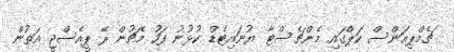
ޗެމްޕިއަންސް ކަޕްގައި މެންޗެސްޓާ ޔުނައިޓެޑް ކުޅުނު ފަހު މެޗުން ރޭ ޕީއެސްޖީ އަތުން